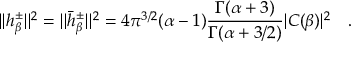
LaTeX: | | h _ { \beta } ^ { \pm } | | ^ { 2 } = | | \bar { h } _ { \beta } ^ { \pm } | | ^ { 2 } = 4 \pi ^ { 3 / 2 } ( \alpha - 1 ) { \frac { \Gamma ( \alpha + 3 ) } { \Gamma ( \alpha + 3 / 2 ) } } | C ( \beta ) | ^ { 2 } ~ ~ ~ .